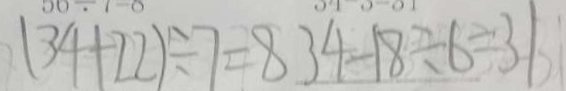
( 3 4 + 2 2 ) \div 7 = 8 3 4 - 1 8 \div 6 = 3 1